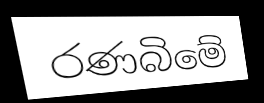
රණබිමේ